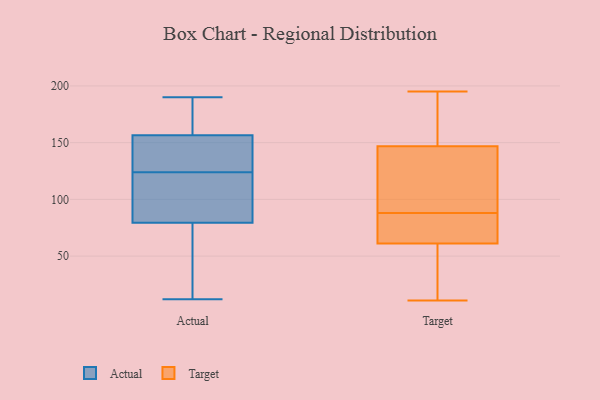
{"axis": {"x": "Inventory Turnover", "y": "Value"}, "legend": ["Actual", "Target"], "data": [{"x": "", "y": 119, "type": "Actual"}, {"x": "", "y": 159, "type": "Actual"}, {"x": "", "y": 78, "type": "Actual"}, {"x": "", "y": 190, "type": "Actual"}, {"x": "", "y": 137, "type": "Actual"}, {"x": "", "y": 12, "type": "Actual"}, {"x": "", "y": 81, "type": "Actual"}, {"x": "", "y": 185, "type": "Actual"}, {"x": "", "y": 141, "type": "Actual"}, {"x": "", "y": 126, "type": "Actual"}, {"x": "", "y": 83, "type": "Actual"}, {"x": "", "y": 110, "type": "Actual"}, {"x": "", "y": 178, "type": "Actual"}, {"x": "", "y": 47, "type": "Actual"}, {"x": "", "y": 174, "type": "Actual"}, {"x": "", "y": 53, "type": "Actual"}, {"x": "", "y": 122, "type": "Actual"}, {"x": "", "y": 154, "type": "Actual"}, {"x": "", "y": 130, "type": "Actual"}, {"x": "", "y": 56, "type": "Actual"}, {"x": "", "y": 195, "type": "Target"}, {"x": "", "y": 88, "type": "Target"}, {"x": "", "y": 98, "type": "Target"}, {"x": "", "y": 71, "type": "Target"}, {"x": "", "y": 178, "type": "Target"}, {"x": "", "y": 42, "type": "Target"}, {"x": "", "y": 11, "type": "Target"}, {"x": "", "y": 134, "type": "Target"}, {"x": "", "y": 53, "type": "Target"}, {"x": "", "y": 19, "type": "Target"}, {"x": "", "y": 138, "type": "Target"}, {"x": "", "y": 139, "type": "Target"}, {"x": "", "y": 86, "type": "Target"}, {"x": "", "y": 64, "type": "Target"}, {"x": "", "y": 170, "type": "Target"}, {"x": "", "y": 80, "type": "Target"}, {"x": "", "y": 190, "type": "Target"}]}